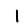
Digit: 1